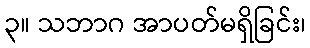
၃။ သဘာဂ အာပတ်မရှိခြင်း၊